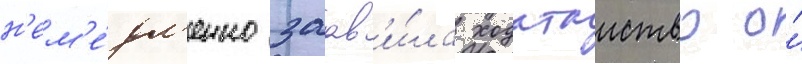
н'ем'е́дл'енно заав'и́ла ходатаиство о́